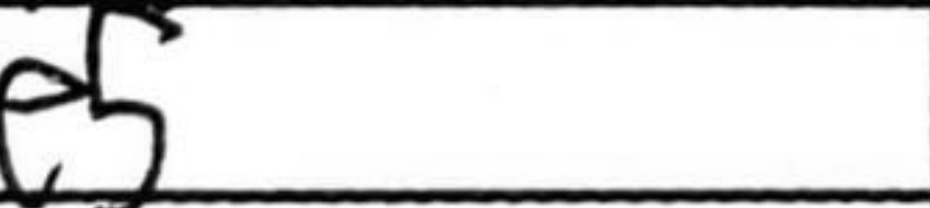
Transcription: Be5